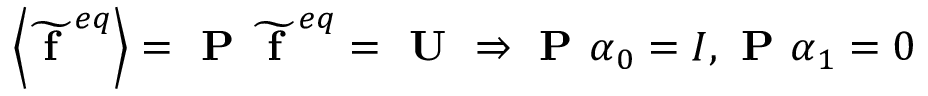
\left\langle \widetilde { \textbf { f } } ^ { e q } \right\rangle = \textbf { P } \widetilde { \textbf { f } } ^ { e q } = \textbf { U } \Rightarrow \textbf { P } \boldsymbol { \alpha } _ { 0 } = I , \textbf { P } \boldsymbol { \alpha } _ { 1 } = 0